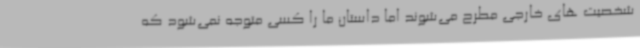
شخصیت های خارجی مطرح می‌شوند اما داستان ما را کسی متوجه نمی‌شود که